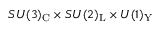
S U ( 3 ) _ { \mathrm { C } } \times S U ( 2 ) _ { \mathrm { L } } \times U ( 1 ) _ { \mathrm { Y } }